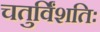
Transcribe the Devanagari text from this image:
चतुर्विंशतिः